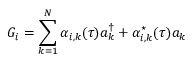
G _ { i } = \sum _ { k = 1 } ^ { N } \alpha _ { i , k } ( \tau ) a _ { k } ^ { \dagger } + \alpha _ { i , k } ^ { \star } ( \tau ) a _ { k }